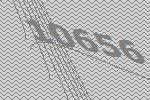
10656